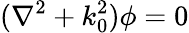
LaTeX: (\nabla^{2}+k_{0}^{2})\phi=0